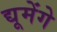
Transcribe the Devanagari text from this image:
द्यूमेंगे